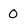
Character: O